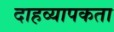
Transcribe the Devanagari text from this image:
दाहव्यापकता